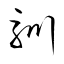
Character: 馴